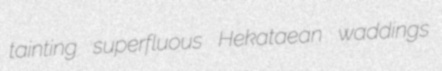
tainting superfluous Hekataean waddings